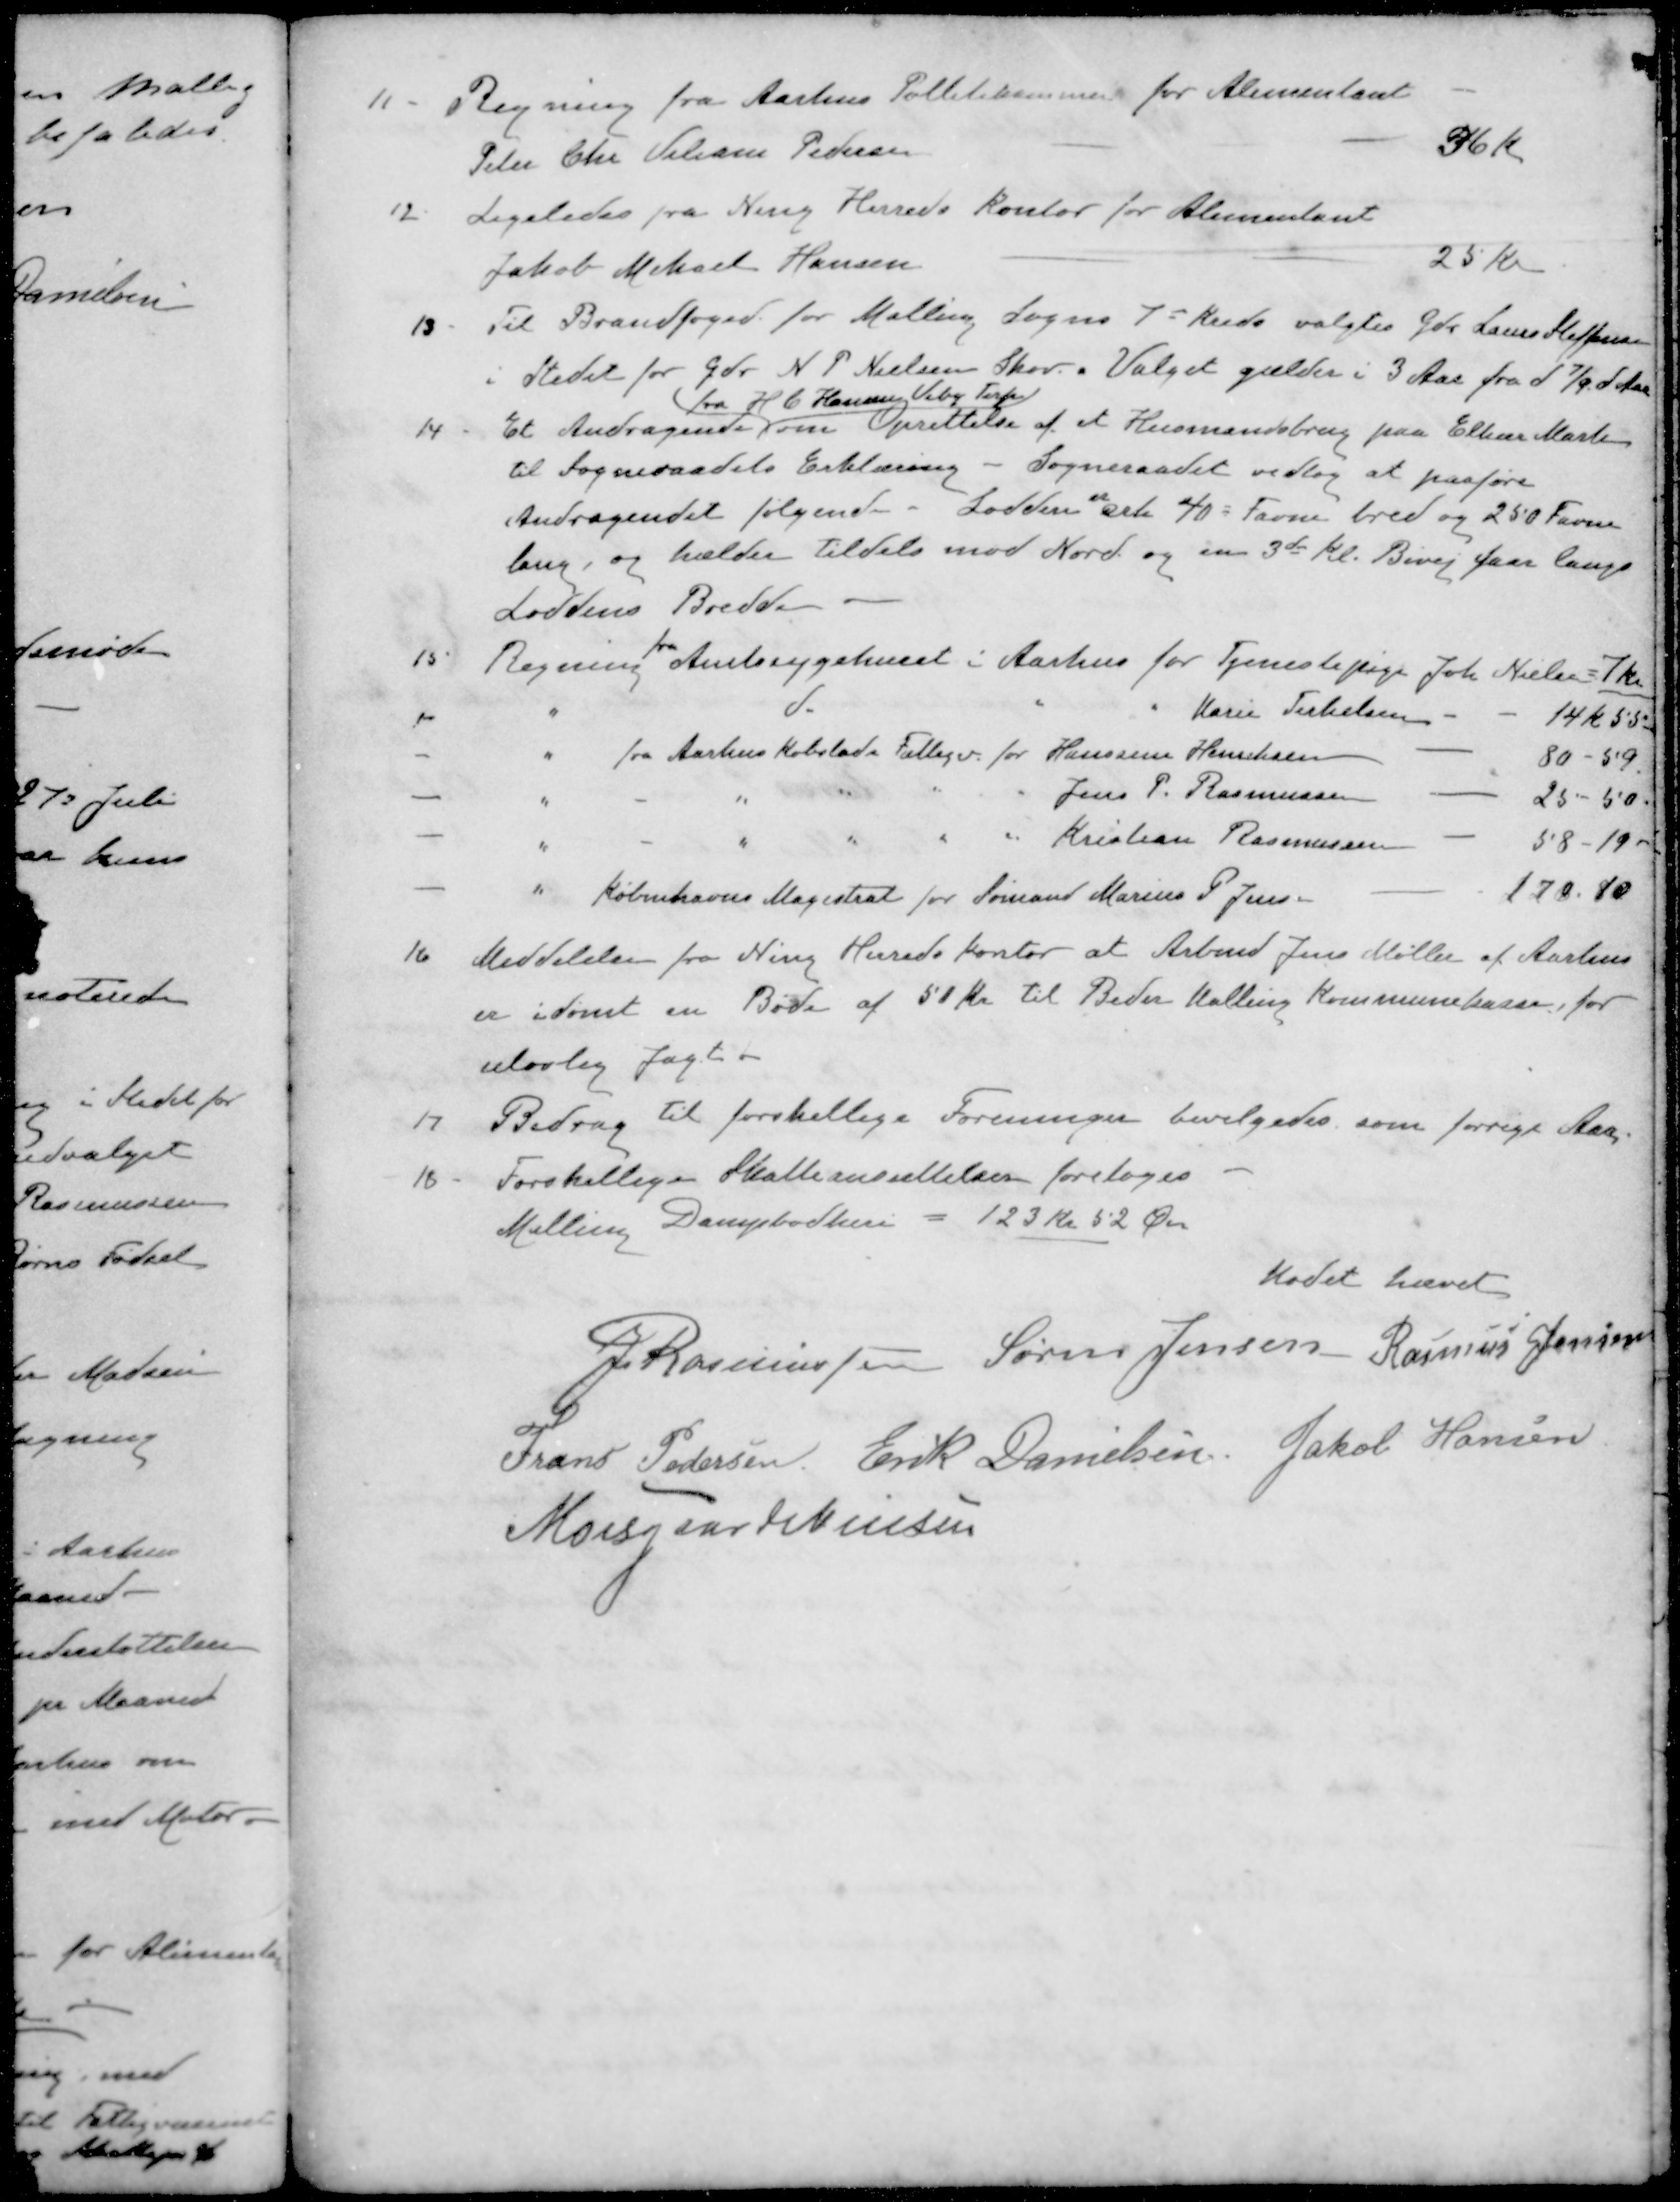
Transskription:
11 Regning fra Aarhus Politikammer for Alimentant
Peter Chr Viliam Pedersen
36 Kr
12 Ligeledes fra Ning Herreds kontor for Alimentant
Jakob Mikael Hansen
25 Kr.
13 Til Brandfoged for Malling Sogns 7de Kreds valgtes Gdr. Laurs Steffensen
i Stedet for Gdr. N. P. Nielsen Skov. Valget gælder i 3 Aar fra d 7/9 d Aar
Fra H C Hansen, Viby Terp
14 Et Andragende om Oprettelse af et Husmandsbrug paa Elkær Mark
til Sogneraadets Erklæring - Sogneraadet vedtog at paaføre
er
Andragendet følgende - Lodden crk 40 Favne bred og 250 Favne
lang, og hælder tildels mod Nord og en 3de Kl. Bivej gaar langs
Loddens Bredde
fra
15. Regning Amtssygehuset i Aarhus for Tjenestepige Joh. Nielsen 7 kr
" do " "  Marie Terkelsen
14 K 55
" fra Aarhus Købstads Fattigv. for Hanssine Henriksen
80-59.
" - " " " " Jens P. Rasmussen
25 - 50
" - " " " " Kristian Rasmussen
58 - 19
" Københavns Magistrat for Sømand Marius P. Jens
170.80
16. Meddelelse fra Ning Herreds kontor at Arbmd Jens Møller af Aarhus
er idømt en Bøde af 50 Kr. til Beder Malling Kommunekasse, for
ulovlig Jagt
17 Bidrag til forskellige Foreninger bevilgedes som forrige Aar
18 - Forskellige Skatteansættelser foretoges
Malling Dampbødkri = 123 Kr 52 Øre
Mødet hævet
J Rasmussen
Søren Jensen
Rasmus Jensen
Frans Pedersen
Erik Danielsen
Jakob Hansen
Moesgaard Nielsen